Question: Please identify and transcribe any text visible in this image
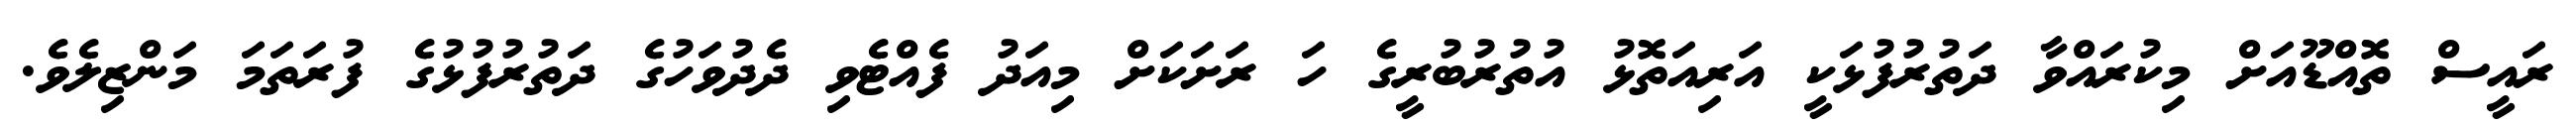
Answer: ރައީސް ތޮއްޑޫއަށް މިކުރައްވާ ދަތުރުފުޅަކީ އަރިއަތޮޅު އުތުރުބުރީގެ ހަ ރަށަކަށް މިއަދު ފެއްޓެވި ދެދުވަހުގެ ދަތުރުފުޅުގެ ފުރަތަމަ މަންޒިލެވެ.